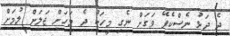
ދެ ދަޅު ނެސްކެފޭ ވަގަށް ނެގި މީހަކު ދެ މަހަށް ޖަލަށް ލުމަށް